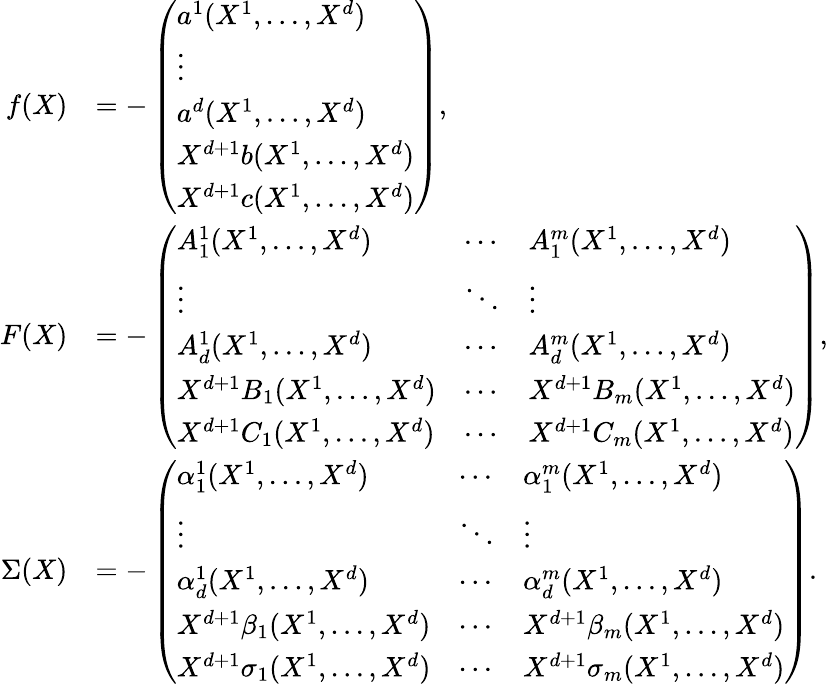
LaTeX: \begin{array}{rl}{f(X)}&{=-\left(\begin{array}{l}{a^{1}(X^{1},\dots,X^{d})}\\ {\vdots}\\ {a^{d}(X^{1},\dots,X^{d})}\\ {X^{d+1}b(X^{1},\dots,X^{d})}\\ {X^{d+1}c(X^{1},\dots,X^{d})}\end{array}\right),}\\ {F(X)}&{=-\left(\begin{array}{lll}{A_{1}^{1}(X^{1},\dots,X^{d})}&{\cdots}&{A_{1}^{m}(X^{1},\dots,X^{d})}\\ {\vdots}&{\ddots}&{\vdots}\\ {A_{d}^{1}(X^{1},\dots,X^{d})}&{\cdots}&{A_{d}^{m}(X^{1},\dots,X^{d})}\\ {X^{d+1}B_{1}(X^{1},\dots,X^{d})}&{\cdots}&{X^{d+1}B_{m}(X^{1},\dots,X^{d})}\\ {X^{d+1}C_{1}(X^{1},\dots,X^{d})}&{\cdots}&{X^{d+1}C_{m}(X^{1},\dots,X^{d})}\end{array}\right),}\\ {\Sigma(X)}&{=-\left(\begin{array}{lll}{\alpha_{1}^{1}(X^{1},\dots,X^{d})}&{\cdots}&{\alpha_{1}^{m}(X^{1},\dots,X^{d})}\\ {\vdots}&{\ddots}&{\vdots}\\ {\alpha_{d}^{1}(X^{1},\dots,X^{d})}&{\cdots}&{\alpha_{d}^{m}(X^{1},\dots,X^{d})}\\ {X^{d+1}\beta_{1}(X^{1},\dots,X^{d})}&{\cdots}&{X^{d+1}\beta_{m}(X^{1},\dots,X^{d})}\\ {X^{d+1}\sigma_{1}(X^{1},\dots,X^{d})}&{\cdots}&{X^{d+1}\sigma_{m}(X^{1},\dots,X^{d})}\end{array}\right).}\end{array}